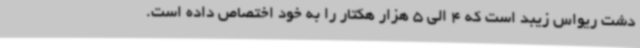
دشت ریواس زیبد است که 4 الی 5 هزار هکتار را به خود اختصاص داده‌ است.